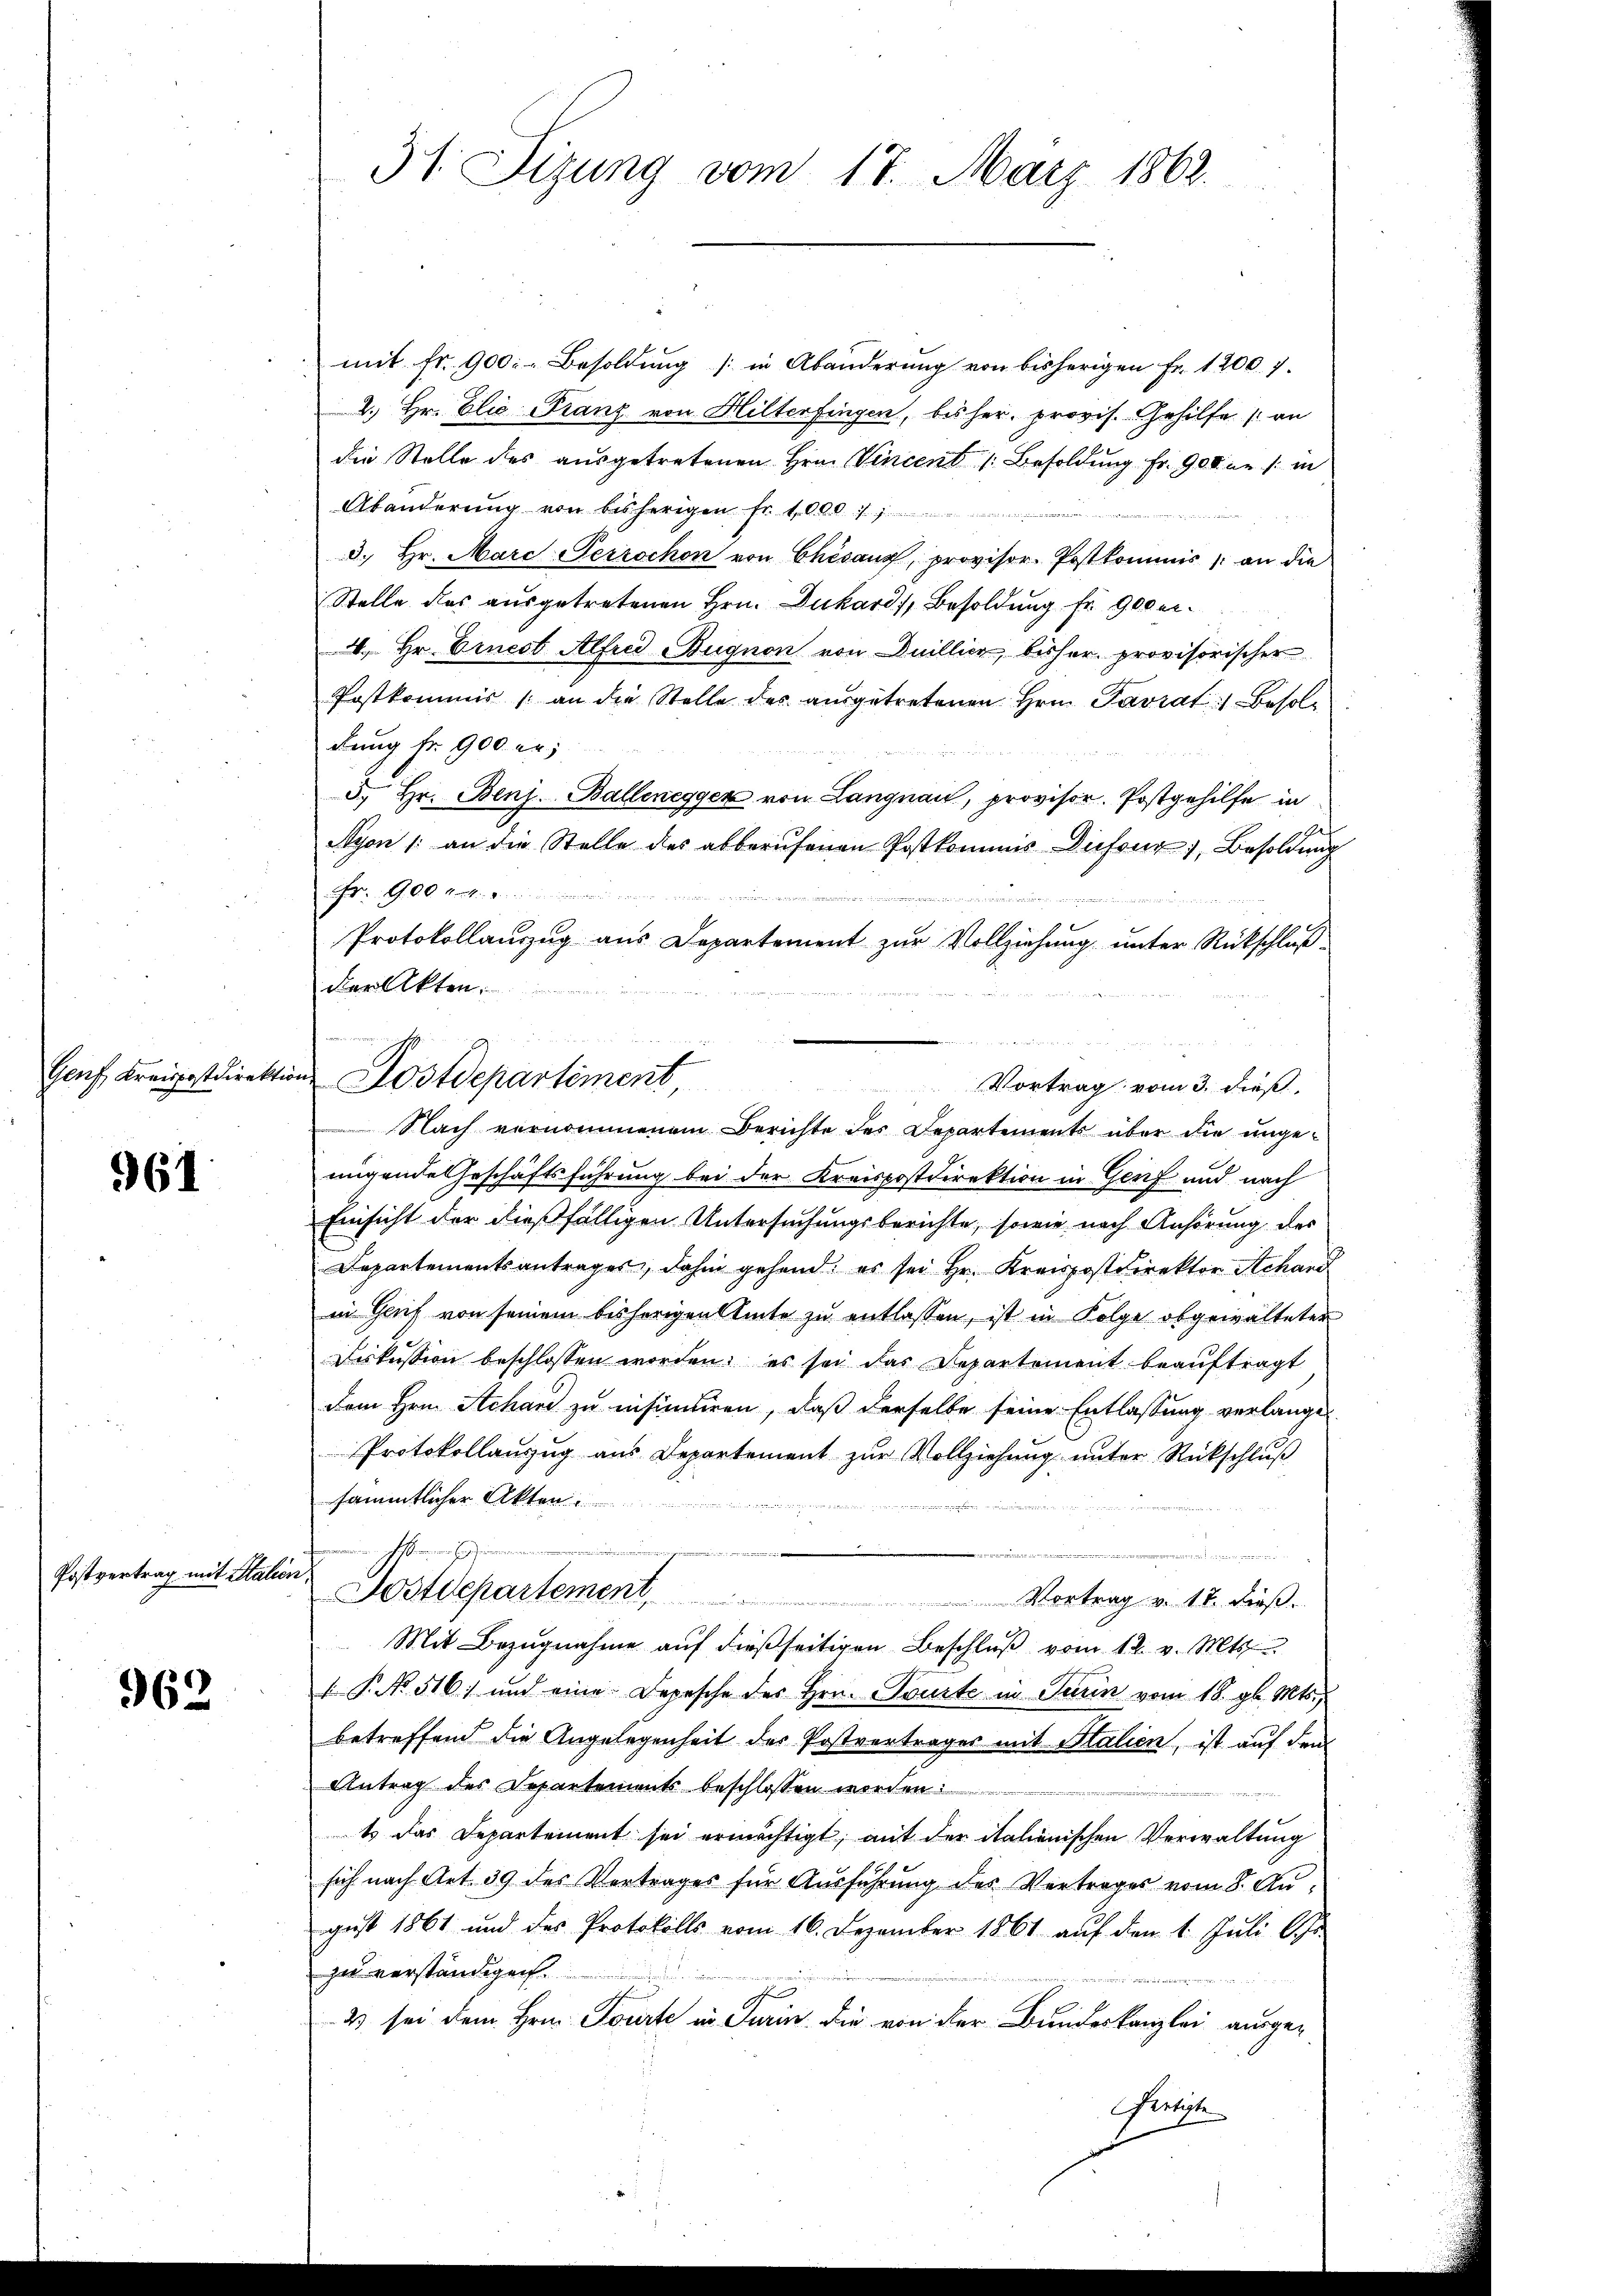
961

Postvertrag mit Stall

962

31. Sizung vom 17. März 1862.

mit fr. 900.- Besoldŭng in Abänderŭng von bisherigen Fr. 1200. 7.
2.) Hr. Elie Franz von Hilterfingen, bisher. provis. Gehilfe an
die Stelle des ausgetretenen Hrn. Vincent Besoldung Fr. 900 er /: in
Abänderŭng von bisherigen fr. 1000 : 1
d. Hr. Marc Perrochon von Chisang, provisor. Postkommis an die
Stelle des ausgetretenen Hrn. Dukard, Besoldung fr. 900 er¬
4. Hr. Ernest Alfred Bugnon von Duillier, bisher provisorischer
Postkommis an die Stelle des aŭsgetretenen Hrn. Pavrat) Besoldung fr. 900 er
5. Hr. Benz. Ballenegger von Langnau, provisor. Postgehilfe in
Nyon /: an die Stelle des abberŭfenen Postkommnis Diefour 1, Besoldung
G.O. Art.
ader
Protokollauzug aus Departement zur Vollziehung unter Rückschluß
der Akten
Vortrag vom 3. dieß,
Nach vernommenem Berichte des Departements über die ungemigende Geschäftsführung bei der Kreispostdirektion in Genf und nach
Einsicht der dießfälligen Untersuchungsberichte, sowie nach Anhörung des
Departementsantrages, dahin gehend, es sei Hr. Kreispostdirektor Schand
in Gruf von seinem bisherigen Amte zu entlassen, ist in Folge obgewalteter
diskussion beschlossen worden, es sei das Departement beaŭftragt
Dem Hrn. Achard zu insinuiren, daß derselbe seine Entlassung verlange-
Protokollanzug aus Departement zur Vollziehung unter Rückschluß
sämmtlicher Akten

.
e
d
üch
Dostdepartement, Vortrag v. 18. dieβ.
Mit Bezugnahme aŭf dießseitigen Beschlŭβ vom 12. v. Mts.
 P. No. 516. und eine Depesche des Hrn. Tourte in Turin vom 18. gl. Mts.,
betreffend die Angelegenheit des Postvertrages mit Stalien, ist auf dem
Antrag des Departements beschlossen worden:
iimer.
t das Departement sei ermächtigt, mit der italienischen Verwaltung
sich nach Art. 39 des Vertrages für Ausführung des Vertrages vom 8. August 1861 und des Protokolls vom 16. Dezember 1861 aŭf den 1. Jŭli l. Js.
zu verständigen.
2 sei dem Hrn. Toute in Turin, die von der Bundeskanzlei ausge-
Fletzte

Genf Kreispostdirektion Postdepartiment